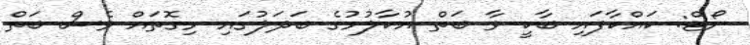
ނޯޓް: ކައްކާފައި ބާކީ ވާ ބަތް އުކާލުމުގެ ބަދަލުގައި މިގޮތައް ވެސް ބަތް